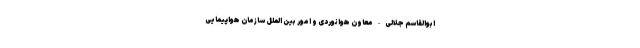
ابوالقاسم جلالی - معاون هوانوردی و امور بین الملل سازمان هواپیمایی